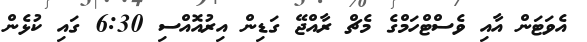
އެވަޓަން އާއި ވެސްޓްހަމްގެ މެޗް ރާއްޖޭ ގަޑިން އިރުއޮއްސި 6:30 ގައި ކުޅެން